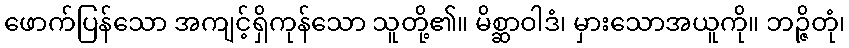
ဖောက်ပြန်သော အကျင့်ရှိကုန်သော သူတို့၏။ မိစ္ဆာဝါဒံ၊ မှားသောအယူကို။ ဘဉ္ဇိတုံ၊